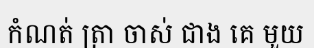
កំណត់ ត្រា ចាស់ ជាង គេ មួយ